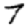
Digit: 7